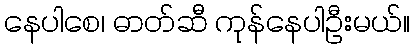
နေပါစေ၊ ဓာတ်ဆီ ကုန်နေပါဦးမယ်။